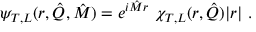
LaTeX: \psi _ { T , L } ( r , \hat { Q } , \hat { M } ) = e ^ { i \hat { M } r } \ \chi _ { T , L } ( r , \hat { Q } ) | r | \ .